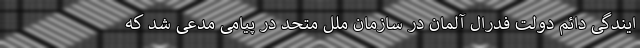
ایندگی دائم دولت فدرال آلمان در سازمان ملل متحد در پیامی مدعی شد که